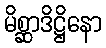
မိစ္ဆာဒိဋ္ဌိနော